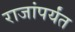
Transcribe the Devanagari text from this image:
राजांपर्यंत